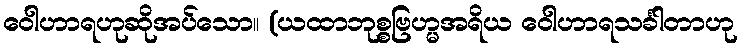
ဝေါဟာရဟုဆိုအပ်သော။ (ယထာဘုစ္စဗြဟ္မအရိယ ဝေါဟာရသင်္ခါတာဟု